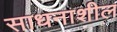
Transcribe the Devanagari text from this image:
साधनाशील